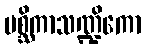
မစ္ဆိကာသဏ္ဍိကော